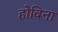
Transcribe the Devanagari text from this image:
होविना